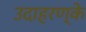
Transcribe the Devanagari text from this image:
उदाहरण्के